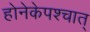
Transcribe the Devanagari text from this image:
होनेकेपश्चात्